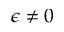
\epsilon \neq 0